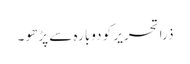
ذرا تحریر کو دوبارہ سے پڑھو ۔